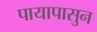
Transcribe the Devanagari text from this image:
पायापासुन